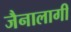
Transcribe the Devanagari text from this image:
जैनालागी